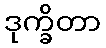
ဒုက္ခိတာ